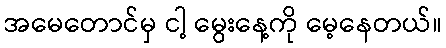
အမေတောင်မှ ငါ့ မွေးနေ့ကို မေ့နေတယ်။